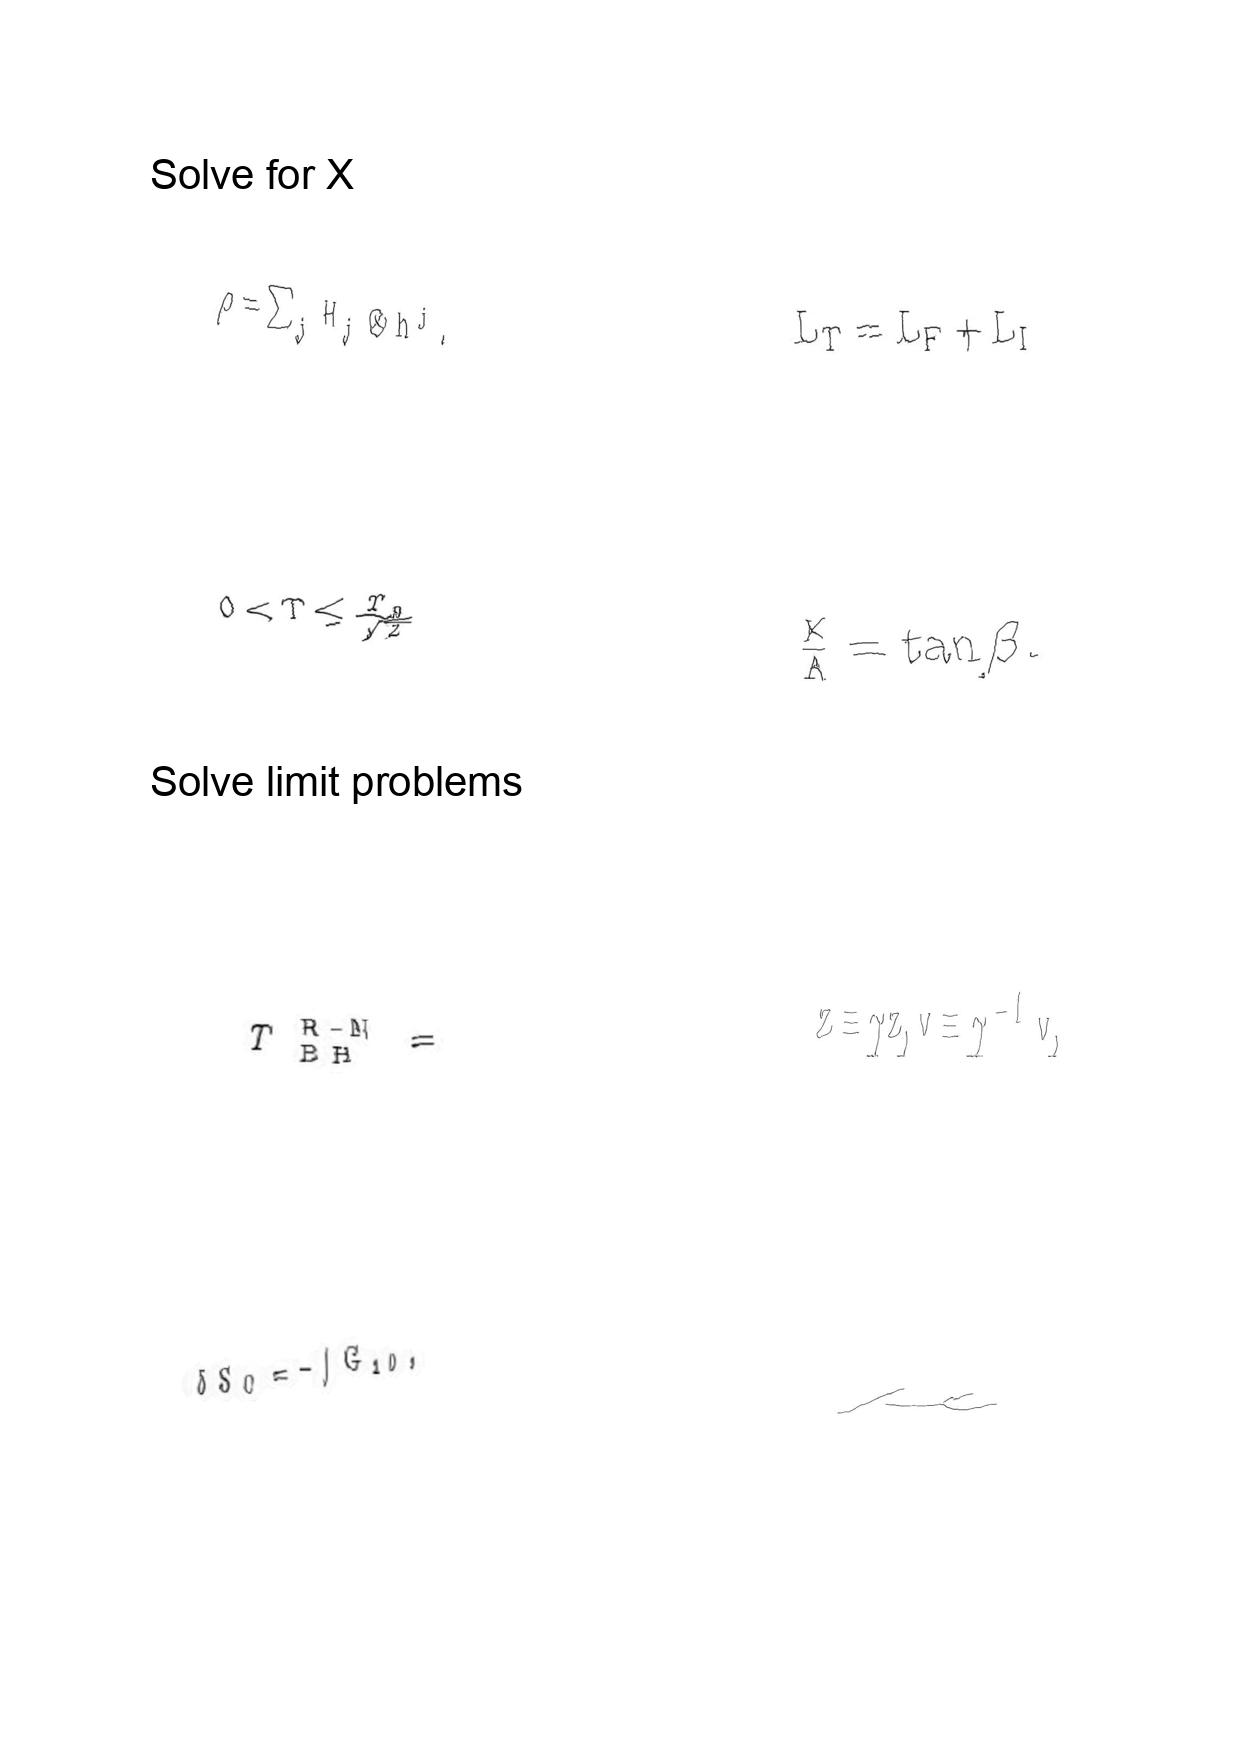
LaTeX transcription:
\rho = \sum _ { j } H _ { j } \otimes h ^ { j } .
0 \lt T \leq \frac { T _ { 0 } } { \sqrt { 2 } }
T _ { \mathrm { B H } } ^ { \mathrm { R - N } } =
\delta S _ { C } = - \int G _ { 1 0 } ,
L _ { T } = L _ { F } + L _ { I }
\frac { K } { \Lambda } = \tan \beta .
z \equiv \gamma z , v \equiv \gamma ^ { - 1 } v ,
\mu